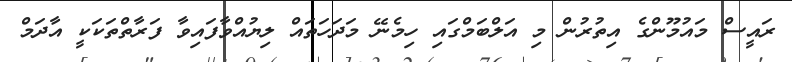
ރައީސް މައުމޫންގެ އިތުރުން މި އަލްބަމްގައި ހިމެނޭ މަދަހަތައް ލިޔުއްވާފައިވާ ފަރާތްތަކަކީ އާދަމް